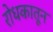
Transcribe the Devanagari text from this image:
रोधकातून